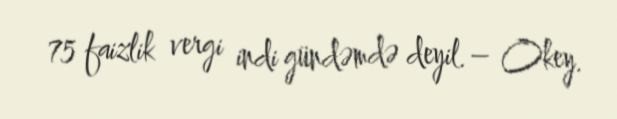
75 faizlik vergi indi gündəmdə deyil.– Okey.